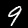
Label: 9